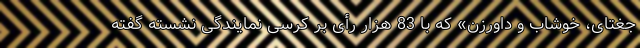
جغتای، خوشاب و داورزن» که با 83 هزار رأی بر کرسی نمایندگی نشسته گفته